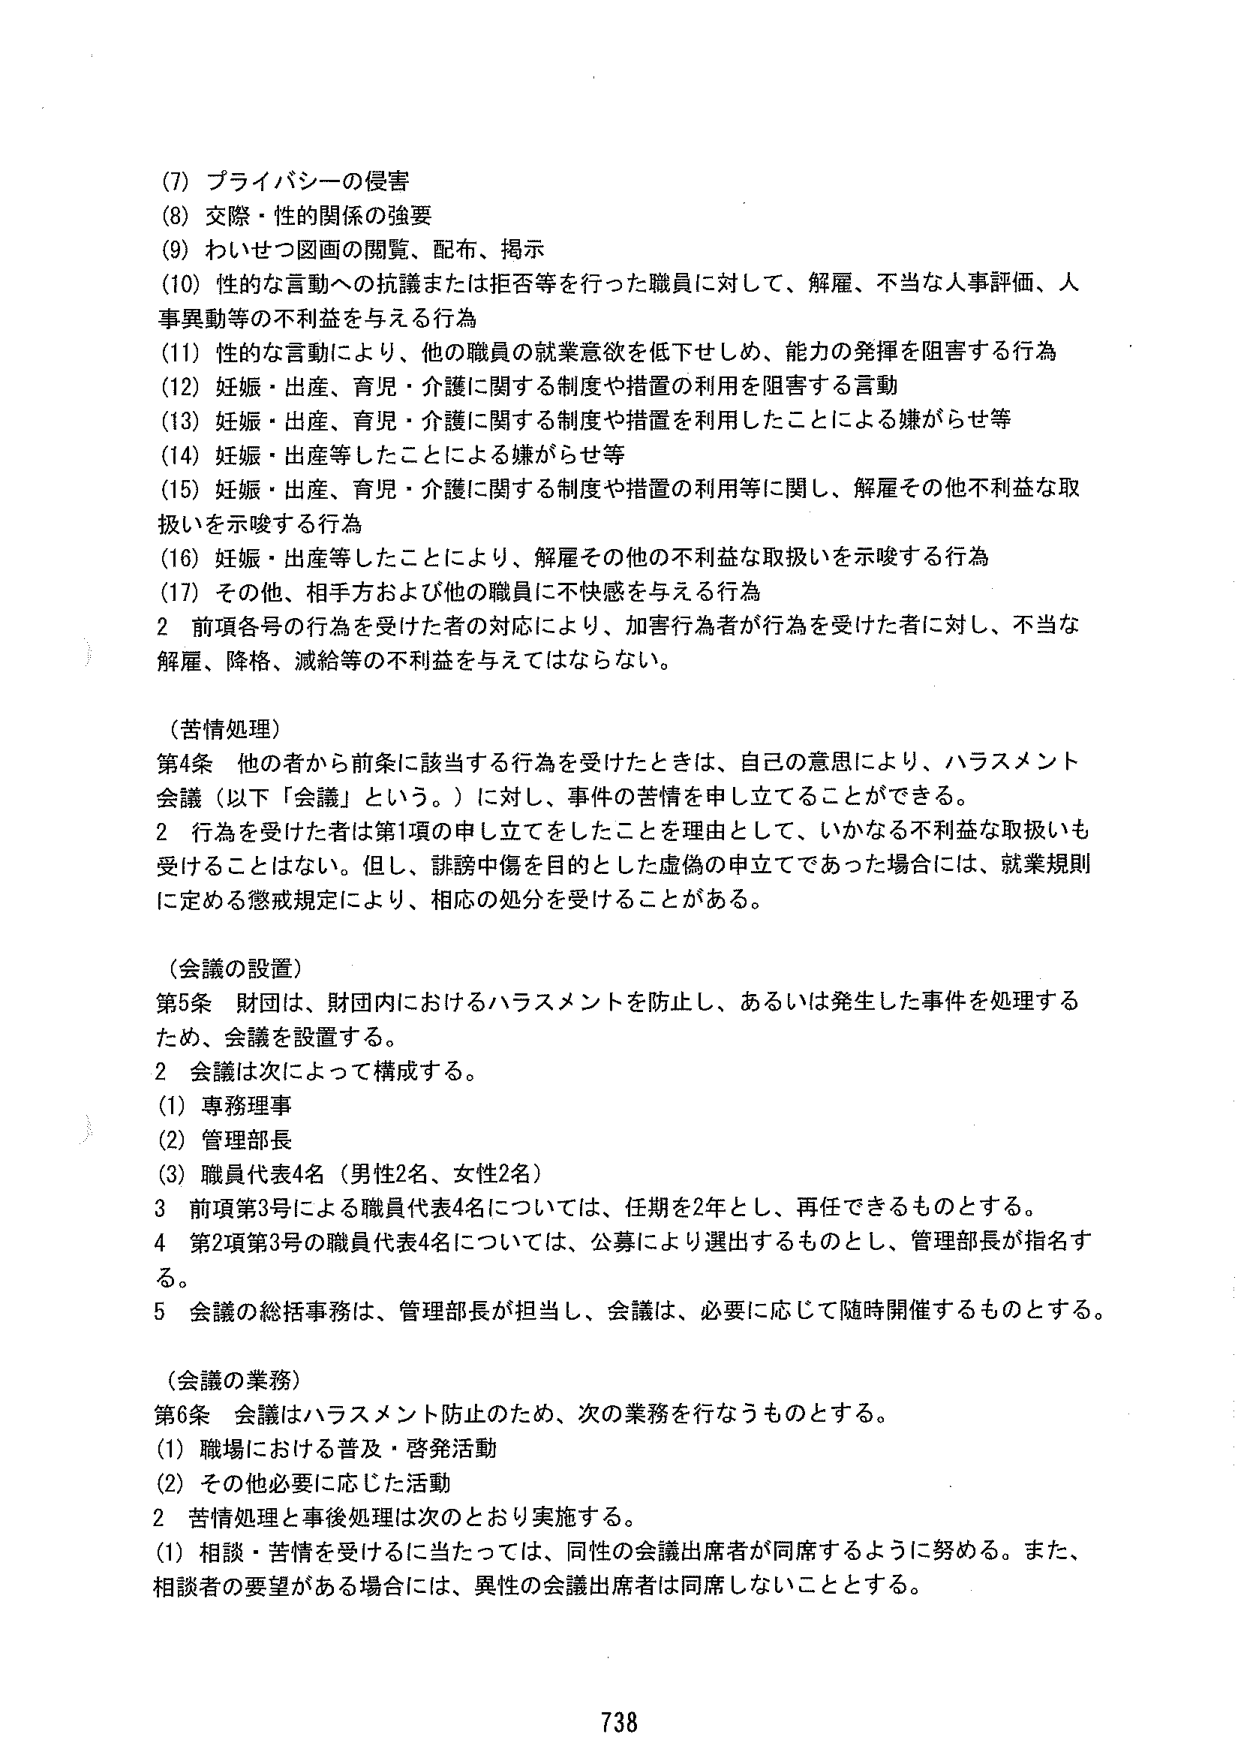
(7) プライバシーの侵害
(8) 交際・性的関係の強要
(9) わいせつ図画の閲覧、配布、掲示
(10) 性的な言動への抗議または拒否等を行った職員に対して、解雇、不当な人事評価、人事異動等の不利益を与える行為
(11) 性的な言動により、他の職員の就業意欲を低下せしめ、能力の発揮を阻害する行為
(12) 妊娠・出産、育児・介護に関する制度や措置の利用を阻害する言動
(13) 妊娠・出産、育児・介護に関する制度や措置を利用したことによる嫌がらせ等
(14) 妊娠・出産等したことによる嫌がらせ等
(15) 妊娠・出産、育児・介護に関する制度や措置の利用等に関し、解雇その他不利益な取扱いを示唆する行為
(16) 妊娠・出産等したことにより、解雇その他の不利益な取扱いを示唆する行為
(17) その他、相手方および他の職員に不快感を与える行為
2 前項各号の行為を受けた者の対応により、加害行為者が行為を受けた者に対し、不当な解雇、降格、減給等の不利益を与えてはならない。

（苦情処理）
第4条 他の者から前条に該当する行為を受けたときは、自己の意思により、ハラスメント会議（以下「会議」という。）に対し、事件の苦情を申し立てることができる。
2 行為を受けた者は第1項の申し立てをしたことを理由として、いかなる不利益な取扱いも受けることはない。但し、誹謗中傷を目的とした虚偽の申立てであった場合には、就業規則に定める懲戒規定により、相応の処分を受けることがある。

（会議の設置）
第5条 財団は、財団内におけるハラスメントを防止し、あるいは発生した事件を処理するため、会議を設置する。
2 会議は次によって構成する。
(1) 専務理事
(2) 管理部長
(3) 職員代表4名（男性2名、女性2名）
3 前項第3号による職員代表4名については、任期を2年とし、再任できるものとする。
4 第2項第3号の職員代表4名については、公募により選出するものとし、管理部長が指名する。
5 会議の総括事務は、管理部長が担当し、会議は、必要に応じて随時開催するものとする。

（会議の業務）
第6条 会議はハラスメント防止のため、次の業務を行なうものとする。
(1) 職場における普及・啓発活動
(2) その他必要に応じた活動
2 苦情処理と事後処理は次のとおり実施する。
(1) 相談・苦情を受けけるに当たっては、同性の会議出席者が同席するように努める。また、相談者の要望がある場合には、異性の会議出席者は同席しないこととする。

738